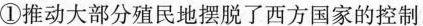
①推动大部分殖民地摆脱了西方国家的控制